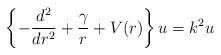
LaTeX: \begin{align*}\left\{ -\frac{d^2}{dr^2} + \frac{\gamma}{r} + V(r) \right\} u = k^2u\end{align*}